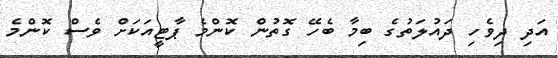
އަދި ދިވެހި ދައުލަތުގެ ބިމާ ބެހޭ ގޮތުން ކޮންމެ ޕާޓީއަކަށް ވެސް ކޮންމެ